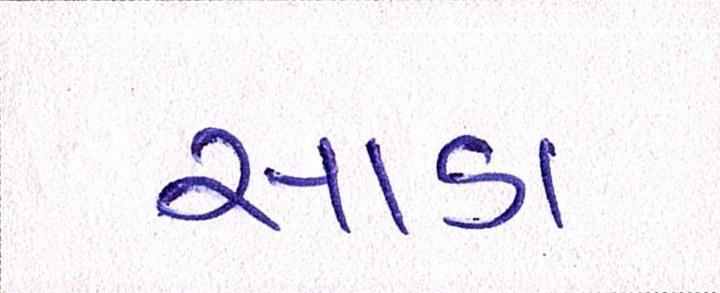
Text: સાડા